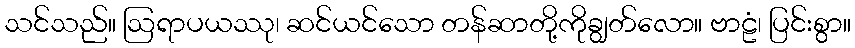
သင်သည်။ ဩရာပယဿု၊ ဆင်ယင်သော တန်ဆာတို့ကိုချွတ်လော။ ဗာဠံ၊ ပြင်းစွာ။